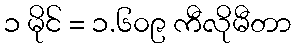
၁ မိုင် = ၁.၆၀၉ ကီလိုမီတာ